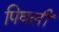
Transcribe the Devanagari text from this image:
पिघलीं